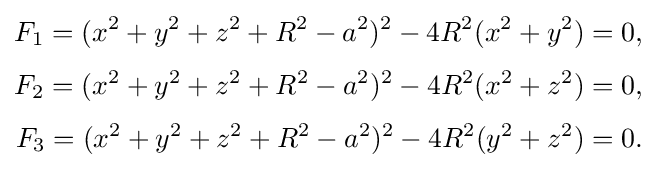
{\begin{aligned}F_{1}=(x^{2}+y^{2}+z^{2}+R^{2}-a^{2})^{2}-4R^{2}(x^{2}+y^{2})=0,\\[3pt]F_{2}=(x^{2}+y^{2}+z^{2}+R^{2}-a^{2})^{2}-4R^{2}(x^{2}+z^{2})=0,\\[3pt]F_{3}=(x^{2}+y^{2}+z^{2}+R^{2}-a^{2})^{2}-4R^{2}(y^{2}+z^{2})=0.\end{aligned}}